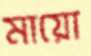
মায়ো